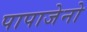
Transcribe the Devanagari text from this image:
पापाजेनो